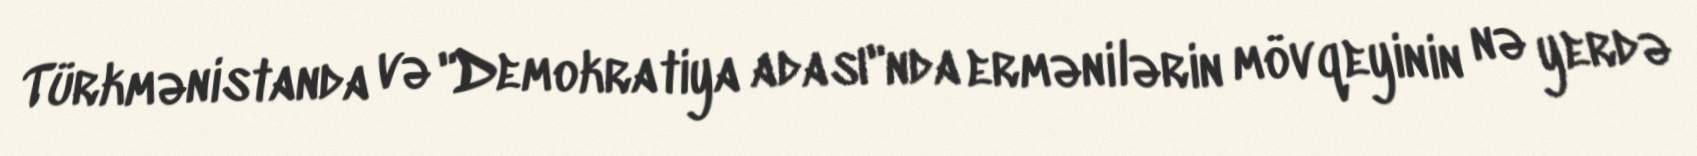
Türkmənistanda və "Demokratiya adası"nda ermənilərin mövqeyinin nə yerdə